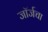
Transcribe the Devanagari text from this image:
जॉर्जचा